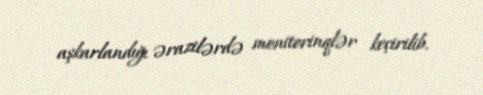
aşkarlandığı ərazilərdə monitorinqlər keçirilib.